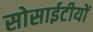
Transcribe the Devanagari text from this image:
सोसाईटीयों